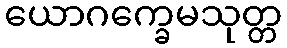
ယောဂက္ခေမသုတ္တ